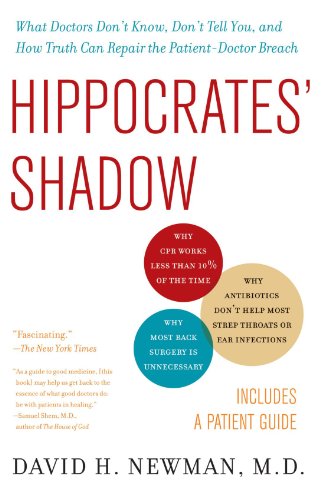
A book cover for Hippocrates' Shadow; David H. Newman M.D.; Medical Books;